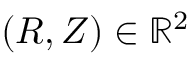
( R , Z ) \in \mathbb { R } ^ { 2 }